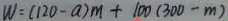
W = ( 1 2 0 - a ) m + 1 0 0 ( 3 0 0 - m )